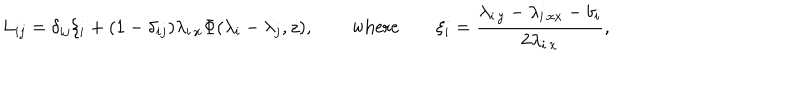
L _ { i j } = \delta _ { i j } \xi _ { i } + ( 1 - \delta _ { i j } ) \lambda _ { i \, x } \Phi ( \lambda _ { i } - \lambda _ { j } , z ) , \qquad \mathrm { w h e r e } \qquad \xi _ { i } = \frac { \lambda _ { i \, y } - \lambda _ { i \, x x } - b _ { i } } { 2 \lambda _ { i \, x } } ,